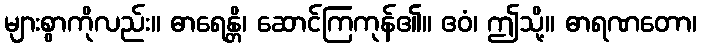
များစွာကိုလည်း။ ဓာရေန္တိ၊ ဆောင်ကြကုန်၏။ ဧဝံ၊ ဤသို့။ ဓာရဏတော၊